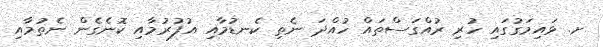
ށ. ޅައިމަގުގައި ހުރި ރުއްގަސްތައް ހުއްދަ ނެތި ކެނޑުމާއި އުފުރުމާއި ކޮނެގެން ނެތުމާއި